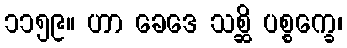
၁၁၅၉။ ဟာ ခေဒေ သစ္ဆိ ပစ္စက္ခေ၊